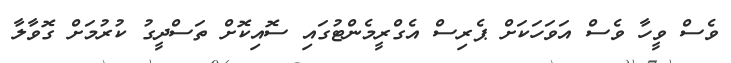
ވެސް ވީހާ ވެސް އަވަހަކަށް ޕެރިސް އެގްރީމެންޓުގައި ސޮއިކޮށް ތަސްދީގު ކުރުމަށް ގޮވާލާ